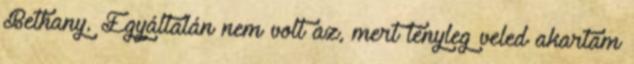
Bethany. Egyáltalán nem volt az, mert tényleg veled akartam